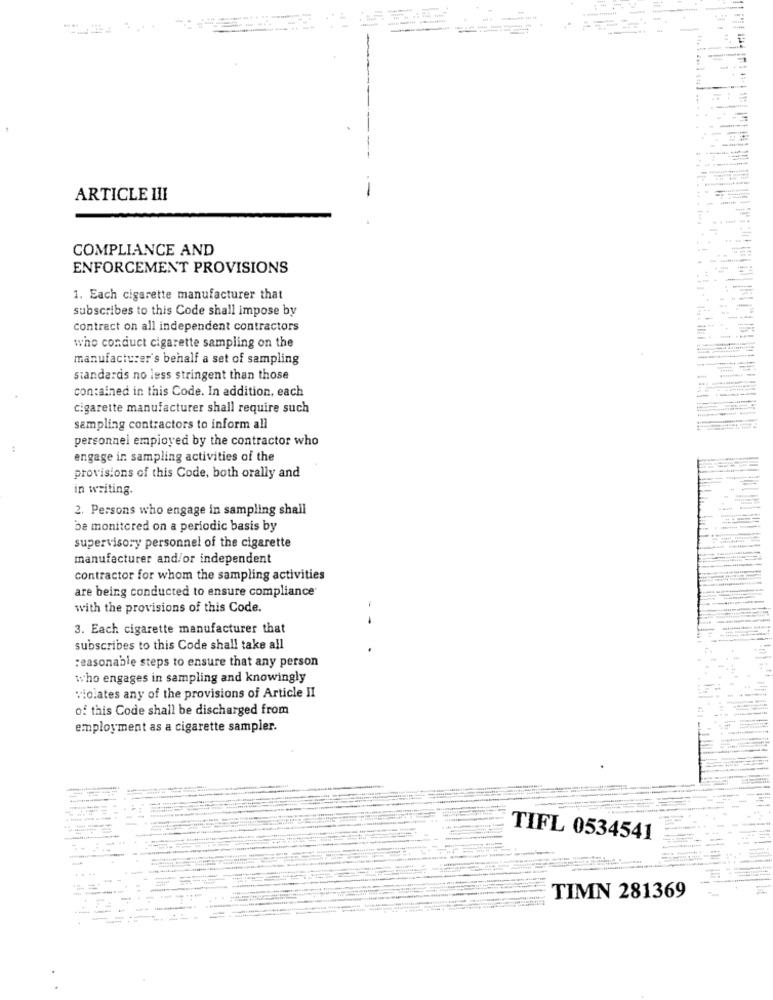
ARTICLE III
COMPLIANCE AND
ENFORCEMENT PROVISIONS
1. Each cigarette manufacturer that
subscribes to this Code shall impose by
contract on all independent contractors
who conduct cigarette sampling on the
manufacturer's behalf a set of sampling
standards no less stringent than those
contained in this Code. In addition, each
cigarette manufacturer shall require such
sampling contractors to inform all
personnel employed by the contractor who
engage in sampling activities of the
provisions of this Code, both orally and
in writing.
2. Persons who engage in sampling shall
be monitored on a periodic basis by
supervisory personnel of the cigarette
manufacturer and/or independent
contractor for whom the sampling activities
are being conducted to ensure compliance
with the provisions of this Code.
3. Each cigarette manufacturer that
-
subscribes to this Code shall take all
reasonable steps to ensure that any person
who engages in sampling and knowingly
violates any of the provisions of Article II
of this Code shall be discharged from
employment as a cigarette sampler.
TIFL 0534541
-
. .
-
-
TIMN 281369